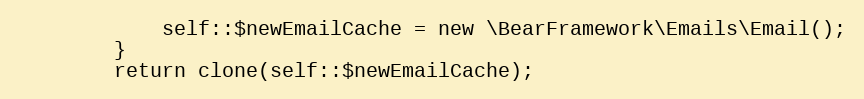
Language: PHP
            self::$newEmailCache = new \BearFramework\Emails\Email();
        }
        return clone(self::$newEmailCache);